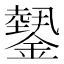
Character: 𨬝